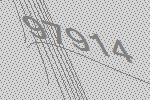
97914